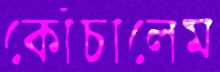
কোঁচালেম